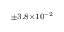
^ { \pm 3 . 8 \times 1 0 ^ { - 2 } }